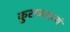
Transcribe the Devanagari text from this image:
कुराजराज्यं